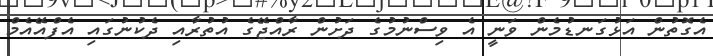
އެގޮތުން އަޅުގަނޑުމެން ވަނީ އެ ވިސްނުމުގެ ދަށުން ރާއްޖޭގެ އުތުރާއި ދެކުނުގައި އެފްއޭއެމް